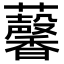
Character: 𧅥